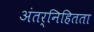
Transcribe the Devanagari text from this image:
अंतर्निहितता